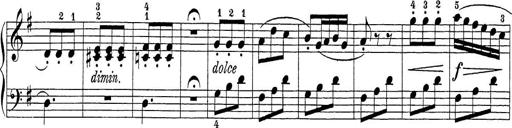
Title: Sonatina Album
Composer: Louis KÃ¶hler